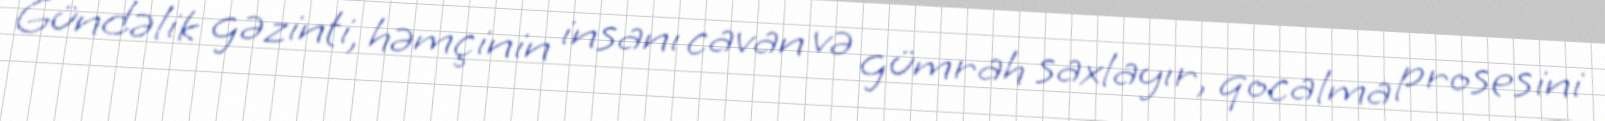
Gündəlik gəzinti, həmçinin insanı cavan və gümrah saxlayır, qocalma prosesini